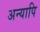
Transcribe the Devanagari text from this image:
अन्यापि